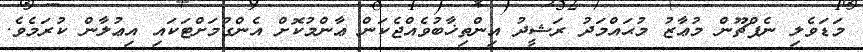
މަޑަވެލި ނެޕްޗޫން މުޢާޒު މުޙައްމަދު ރަޝީދު އިންތިޚާބުވެއްޖެކަން ޢާންމުކޮށް އެންގުމަށްޓަކައި އިޢުލާން ކުރަމެވެ.